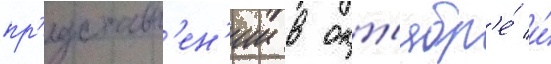
пр'едставл'ен'ии в окт'ябр'е́ и́